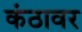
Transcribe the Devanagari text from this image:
कंठावर